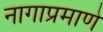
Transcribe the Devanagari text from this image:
नागाप्रमाणे